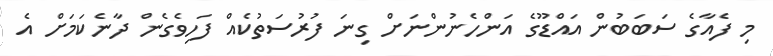
މި ފެއާގެ ސަބަބުން އައްޑޫގެ އަންހެނުންނަށް ގިނަ ފުރުސަތުކެއް ފަހިވެގެން ދާނެކަމަށް އެ